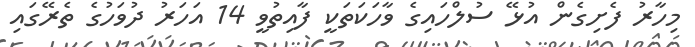
މިހާރު ފެށިގެން އުޅޭ ސުލްހައިގެ ވާހަކަތަކީ ފާއިތުވީ 14 އަހަރު ދުވަހުގެ ތެރޭގައި